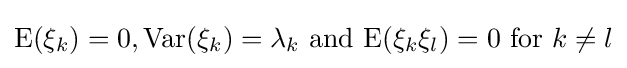
{\text{E}}(\xi _{k})=0,{\text{Var}}(\xi _{k})=\lambda _{k}{\text{ and }}{\text{E}}(\xi _{k}\xi _{l})=0{\text{ for }}k\neq l